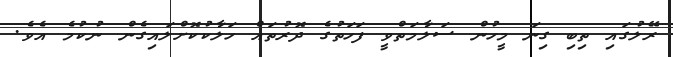
ރޭލުގައި ތިބި ގިނަ މީހުން ސަލާމަތްވީ ފަހަތުގެ ދޮރުތައް ހަލާކުކޮށްލައިގެން ނުކުމެ އެވެ.